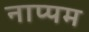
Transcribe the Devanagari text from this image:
नाप्पम